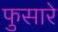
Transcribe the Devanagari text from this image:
फुसारे